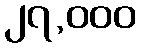
၂၇,၀၀၀